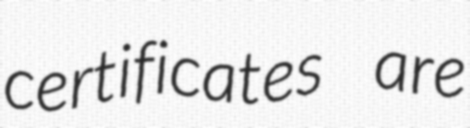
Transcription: certificates are